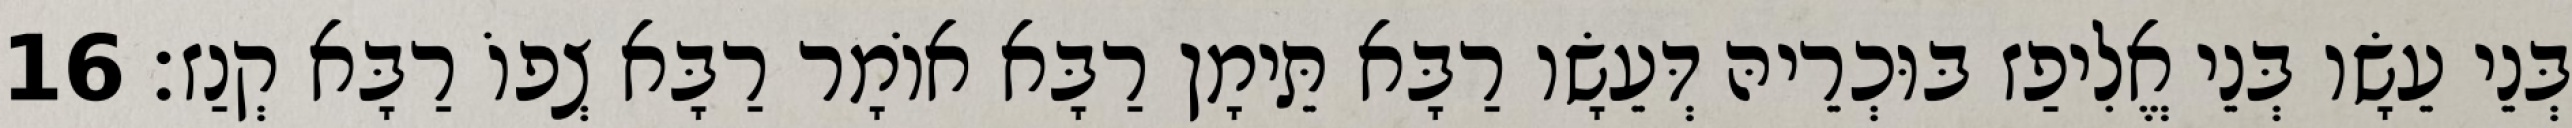
בְּנֵי עֵשָׂו בְּנֵי אֱלִיפַז בּוּכְרֵיהּ דְּעֵשָׂו רַבָּא תֵּימָן רַבָּא אוֹמָר רַבָּא צְפוֹ רַבָּא קְנַז׃ 16